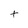
Character: t